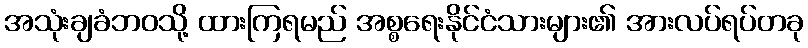
အသုံးချခံဘဝသို့ ထားကြရမည် အစ္စရေးနိုင်ငံသားများ၏ အားလပ်ရပ်တခု